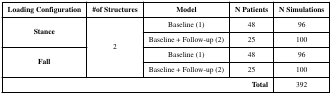
<table><thead><tr><td><b>Loading Configuration</b></td><td><b>#of Structures</b></td><td><b>Model</b></td><td><b>N Patients</b></td><td><b>N Simulations</b></td></tr></thead><tbody><tr><td rowspan="2"><b>Stance</b></td><td rowspan="4">2</td><td>Baseline (1)</td><td>48</td><td>96</td></tr><tr><td>Baseline + Follow-up (2)</td><td>25</td><td>100</td></tr><tr><td rowspan="2"><b>Fall</b></td><td>Baseline (1)</td><td>48</td><td>96</td></tr><tr><td>Baseline + Follow-up (2)</td><td>25</td><td>100</td></tr><tr><td colspan="4"><b>Total</b></td><td>392</td></tr></tbody></table>